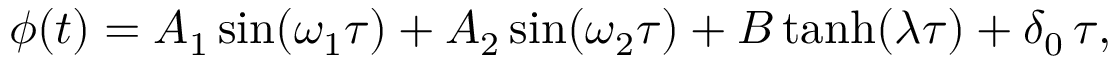
\phi ( t ) = A _ { 1 } \sin ( \omega _ { 1 } \tau ) + A _ { 2 } \sin ( \omega _ { 2 } \tau ) + B \operatorname { t a n h } ( \lambda \tau ) + \delta _ { 0 } \, \tau ,